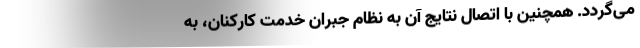
می­گردد. همچنین با اتصال نتایج آن به نظام جبران خدمت کارکنان، به